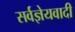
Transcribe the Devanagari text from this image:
सर्वज्ञेयवादी